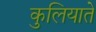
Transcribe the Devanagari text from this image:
कुलियाते